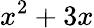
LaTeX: x^{2}+3x